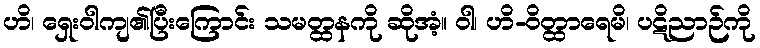
ဟိ၊ ရှေးဝါကျ၏ပြီးကြောင်း သမတ္ထနကို ဆိုအံ့။ ဝါ၊ ဟိ-ဝိတ္ထာရေမိ၊ ပဋိညာဉ်ကို